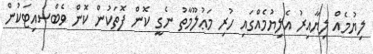
ލިޔުމެއް ލިޔާއިރު އެލިޔުމެއްގައި ހުރި މަޢުލޫމާތު ނެގީ ކޮން ފޮތަކުން ކޮން ވެބްސައިޓަކުން